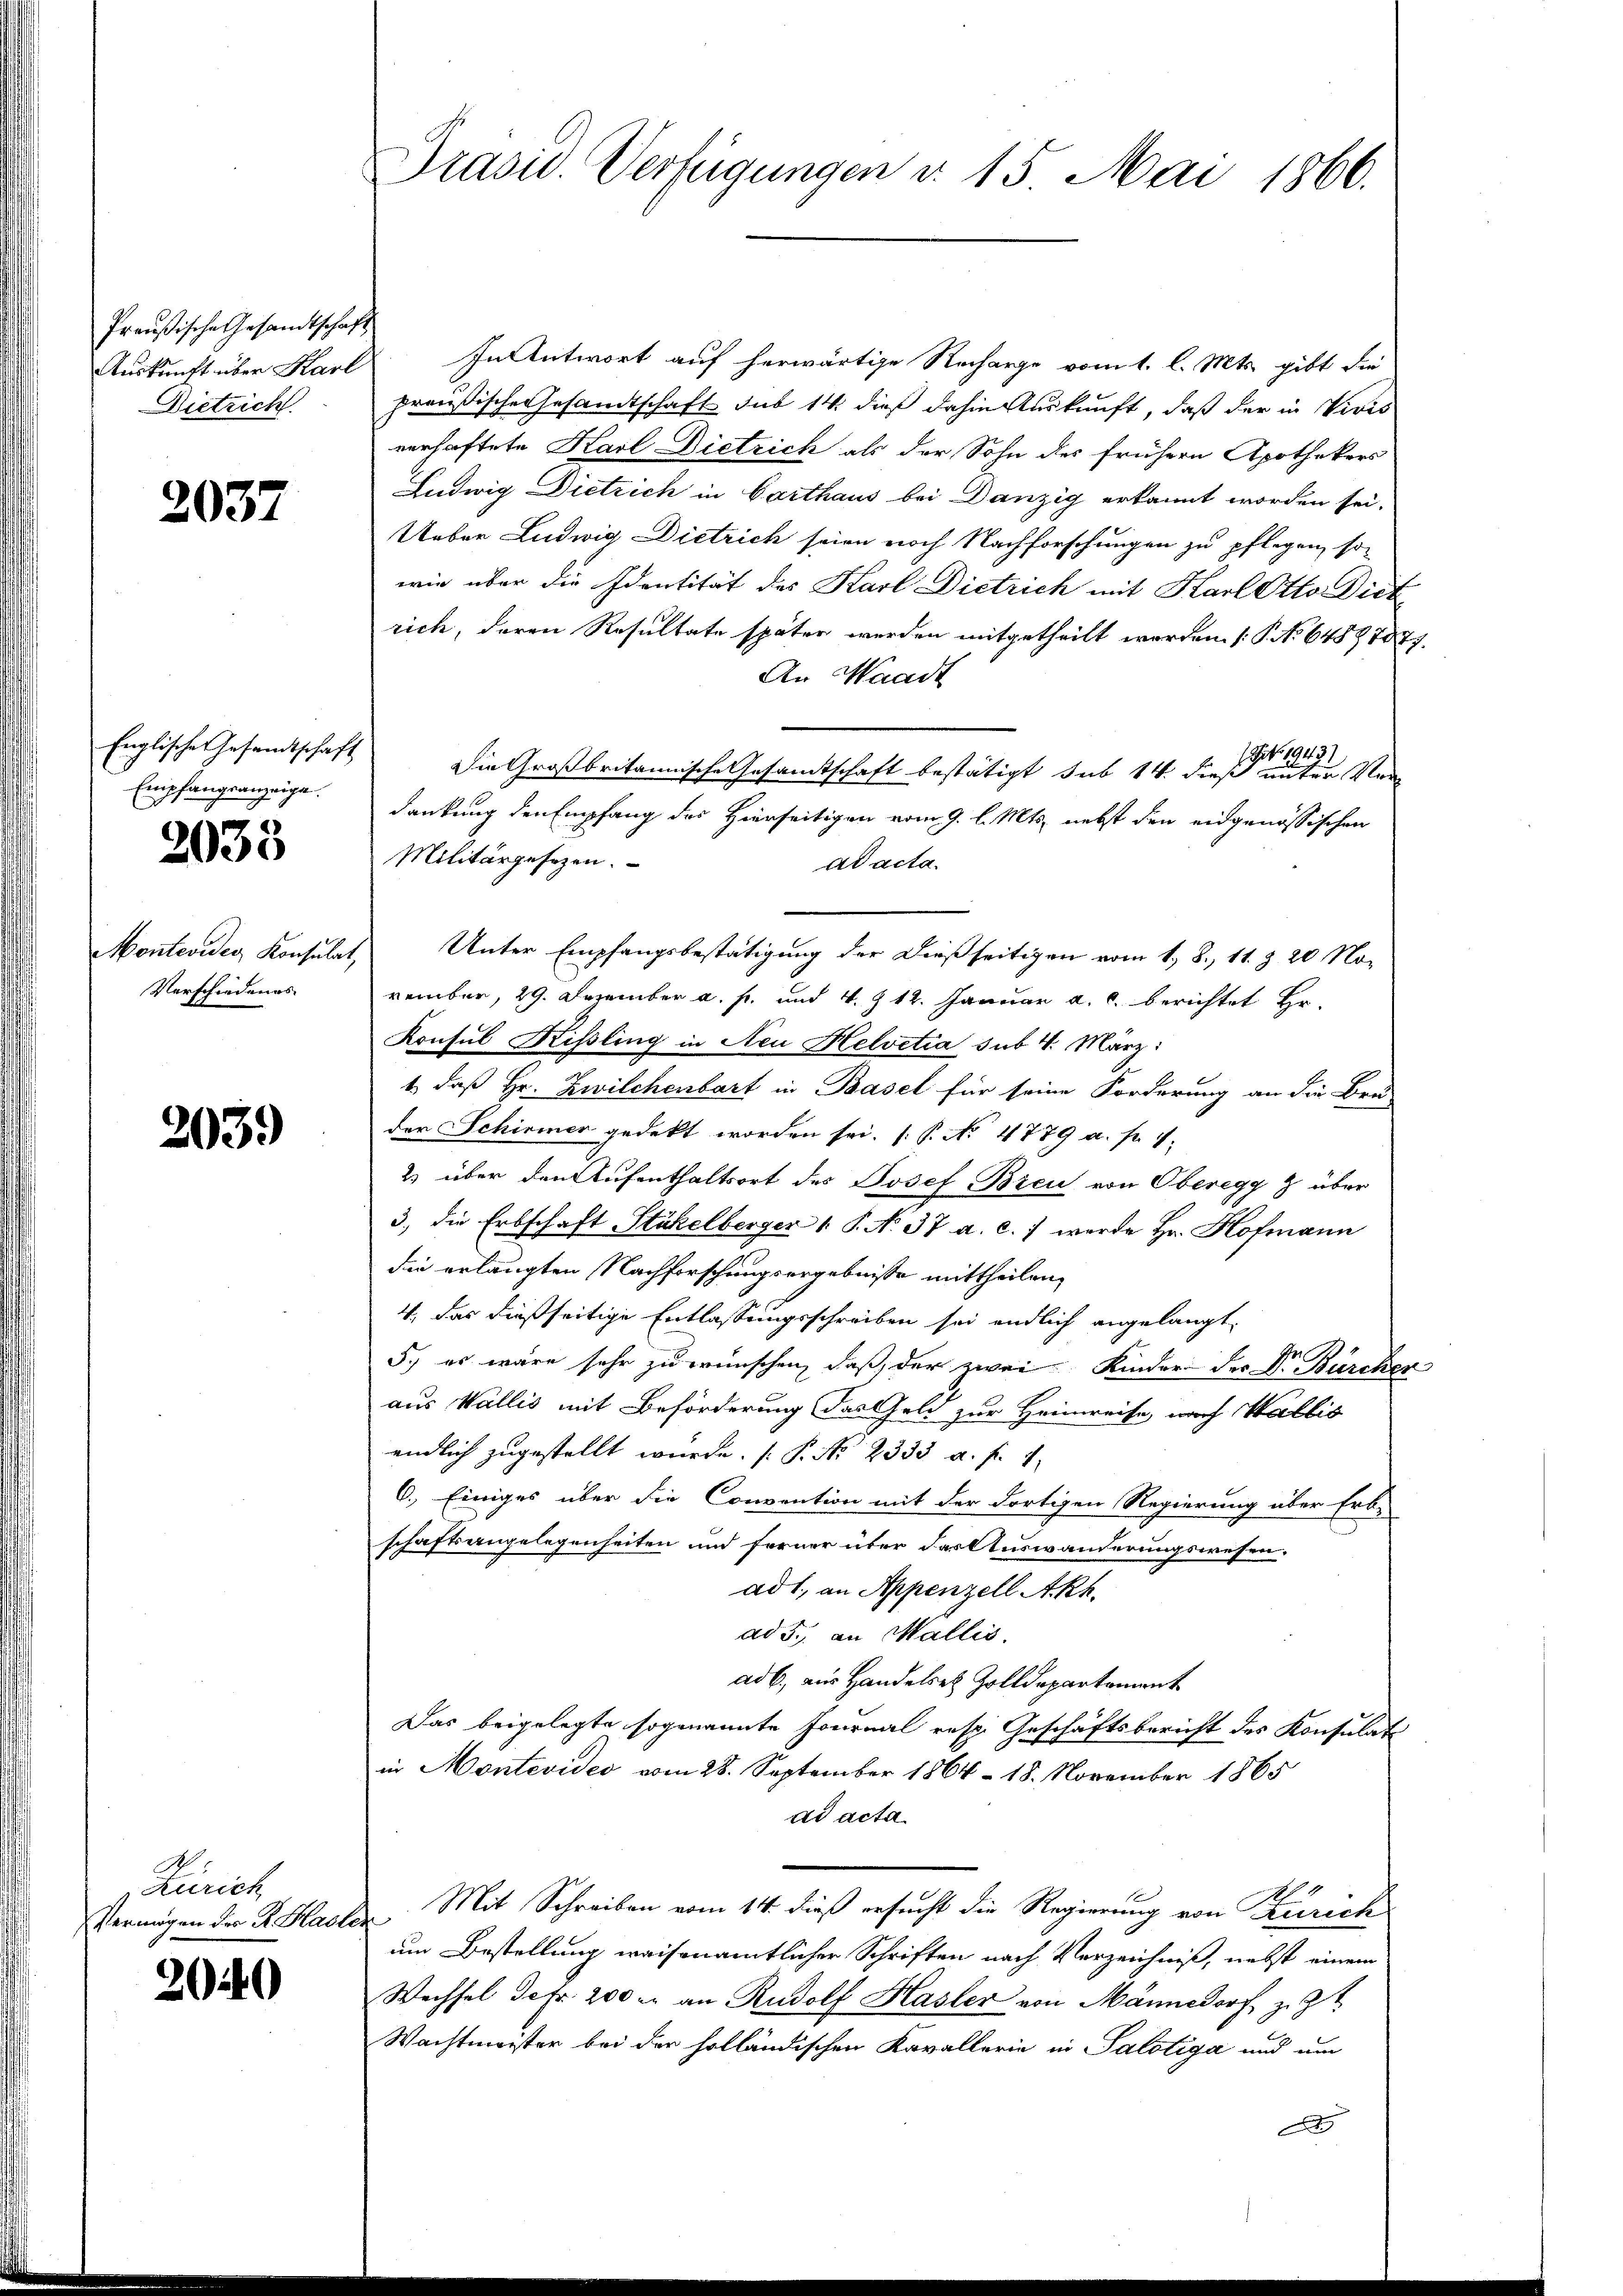
Preußische Gesandtschaft
Dietrich

2037

Englische Gesandtschaft
Empfangsanzeige.

2033

Montevider Konsulat,
Verschiedenes

2039

Zürich

2040

Auskunft über Karl In Antwort auf herwärtige Recharge vom 1. l. Mts. gibt die
preußische Gesandtschaft sub 14 dieß dahin Auskunft, daß der in Wirts
verhaftete Karl Dietrich als der Sohn des frühern Apothekers
Ludwig Dietrich in Carthaus bei Danzig erkannt worden sei.
Ueber Ludwig Dietrich seien noch Nachforschungen zu pflegen, so
wie über die Identität des Karl Dietrich mit Karl Otto. Diet
rich, deren Resultate später werden mitgetheilt worden. (T. No 64887877.
An Waadt
1 Zif. 1943)
Die Großbritannische Gesamtschaft bestätigt sub 14 dieß unter Verdankung den Empfang des Hierseitigen vom 9. l. Mts. nebst den eidgenössischen
Militärgesetzen.
ad acta.
Unter Empfangsbestätigung der dießseitigen vom 1. 8. 11. § 20 November, 29. Dezember a. p. und 4. § 12. Januar a. c. berichtet Er-
Konsul Kissling in Neu Helvetia sub. 4. März:
1., daß Hr. Zwilchenbart in Basel für seine Forderung an die Bru-
der Schirmer gedekt worden sei. (P. No. 4779 a. f. 1.
2) über den Aufenthaltsort des Josef Breu von Oberegg & über
3., die Erbschaft Stähelberger 1. P. No. 37 a. c. 7 werde Hr. Hofmann
die erlangten Nachforschungsergebnisse mittheilen,
4. das dießseitige Entlassungsschreiben sei endlich angelangt,
5., es wäre sehr zu wünschen, daß der zwei Kinder der Dr. Bürcher
aus Wallis mit Beförderung das Geld zur Heimreise, nach Wallis
endlich zugestellt wurde. (T. No 2333. a. f. 1
6.) Einiges über die Convention mit der dortigen Regierung über Erb-
schäftsangelegenheiten und ferner über das Auswanderungswesen.
ad 1., an Appenzell Akk.
ad 3. an Wallis.
ad b., aus Handels Zolldepartement
Das beigelegte sogenannte Fournal resp. Geschäftsbericht des Konsulati-
in Montevideo vom 28. September 1864 - 18. November 1865
ad acta.
Vermögen der Sr. Hasler Mit Schreiben vom 14. dieß ersucht die Regierung von Zürich
um Bestellung waisenamtlicher Schriften nach Verzeichniß, nebst einem
Wechsel defr. 200 r. an Rudolf Hasler von Männedorf z. Zt.
Wachtmeister bei der holländischen Kavallerie in Salotiga und um
A

Prasid. Verfügungen v. 15. Mai 1866.